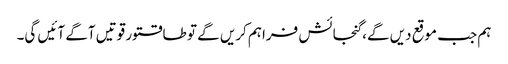
ہم جب موقع دیں گے، گنجائش فراہم کریں گے تو طاقتور قوتیں آگے آئیں گی۔